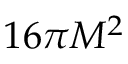
1 6 \pi M ^ { 2 }